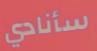
سأنادي